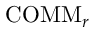
\mathrm { C O M M } _ { r }